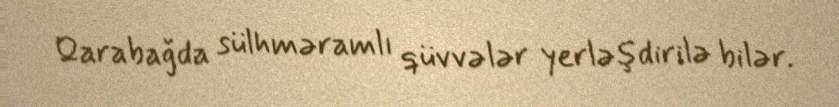
Qarabağda sülhməramlı qüvvələr yerləşdirilə bilər.